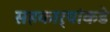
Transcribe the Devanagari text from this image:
सहकार्‍यांकडे